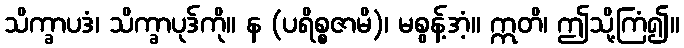
သိက္ခာပဒံ၊ သိက္ခာပုဒ်ကို။ န (ပရိစ္စဇာမိ)၊ မစွန့်အံ့။ ဣတိ၊ ဤသို့ကြံ၍။